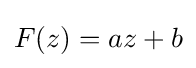
F(z)=az+b